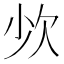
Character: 𣢒